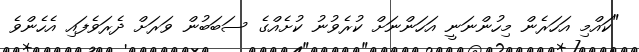
"ކައްމި އަހަރެން މިހުންނަނީ އަހަންނަށް ކުރެވުނު ކުށެއްގެ ސަބަބުން ވަރަށް ދެރަވެފައި އެހެންވެ